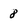
Character: 8